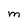
Character: M